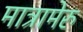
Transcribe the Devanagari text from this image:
मात्रामेरु